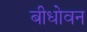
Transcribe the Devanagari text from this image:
बीधोवन